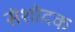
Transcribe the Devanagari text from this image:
संशोदक